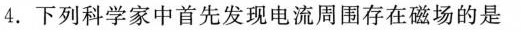
4.下列科学家中首先发现电流周围存在磁场的是